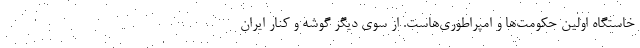
خاستگاه اولین حکومت‌ها و امپراطوری‌هاست. از سوی دیگر گوشه و کنار ایران